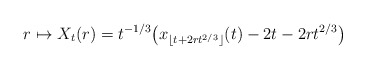
\begin{align*}r\mapsto X_t(r) = t^{-1/3}\big(x_{\lfloor t+2rt^{2/3}\rfloor}(t)-2t-2rt^{2/3} \big)\,\end{align*}